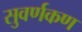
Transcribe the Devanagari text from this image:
सुवर्णकण